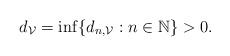
\begin{align*} d_{\mathcal{V}} = \inf\{ d_{n,\mathcal{V}}: n \in \mathbb{N} \} > 0.\end{align*}